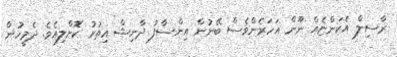
ރާސިލް އެކަންޏެއް ނޫން އަހަރެންވެސް ބޭނުން އިންސާފު ދާނިޝް އިތުރު ކޮށްލިއެވެ. ދެމީހުން